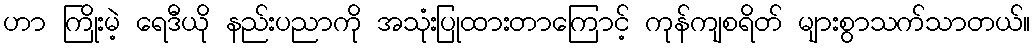
ဟာ ကြိုးမဲ့ ရေဒီယို နည်းပညာကို အသုံးပြုထားတာကြောင့် ကုန်ကျစရိတ် များစွာသက်သာတယ်။